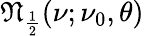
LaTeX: {\mathfrak{N}}_{\frac{1}{2}}(\nu;\nu_{0},\theta)